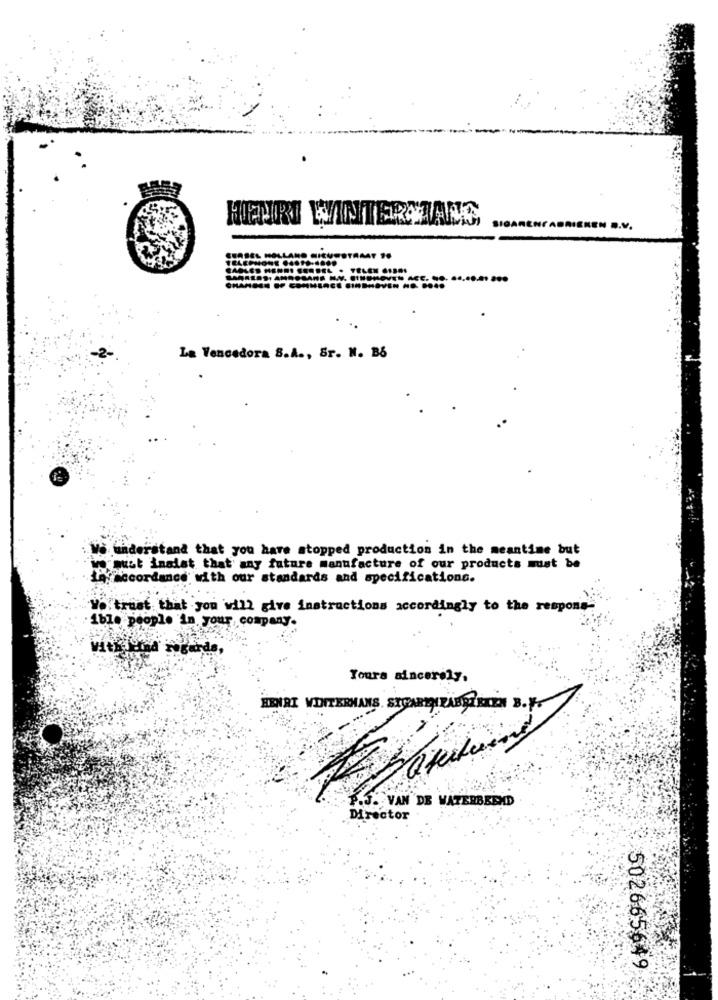
HENRI WINTERCIANS,
...
La Vencedora S.A ., Sr. N. B6
understand that you have stopped production in the meantime but
we must inalat that any future manufacture of our products must be
La accordance with our standards and specifications.
We trust that you will give instructions accordingly to the respons-
·ible people in, your, company.
With eind' regards,
Yours sincerely,
HENRI VIDITERMANS. SEGARERABGEBEN B.V.
P.J. VAN DE WATERBEPMD
Director
502665649